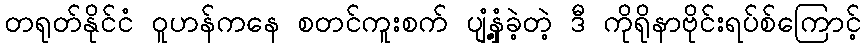
တရုတ်နိုင်ငံ ဝူဟန်ကနေ စတင်ကူးစက် ပျံ့နှံ့ခဲ့တဲ့ ဒီ ကိုရိုနာဗိုင်းရပ်စ်ကြောင့်